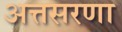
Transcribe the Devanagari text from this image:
अत्तसरणा